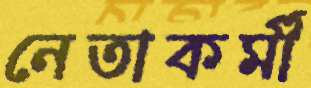
নেতাকর্মী